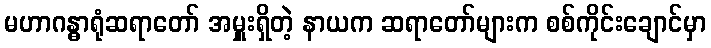
မဟာဂန္ဓာရုံဆရာတော် အမှူးရှိတဲ့ နာယက ဆရာတော်များက စစ်ကိုင်းချောင်မှာ